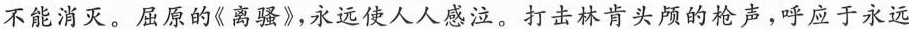
不能消灭。屈原的《离骚》，永远使人人感泣。打击林肯头颅的枪声，呼应于永远